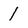
Character: 1